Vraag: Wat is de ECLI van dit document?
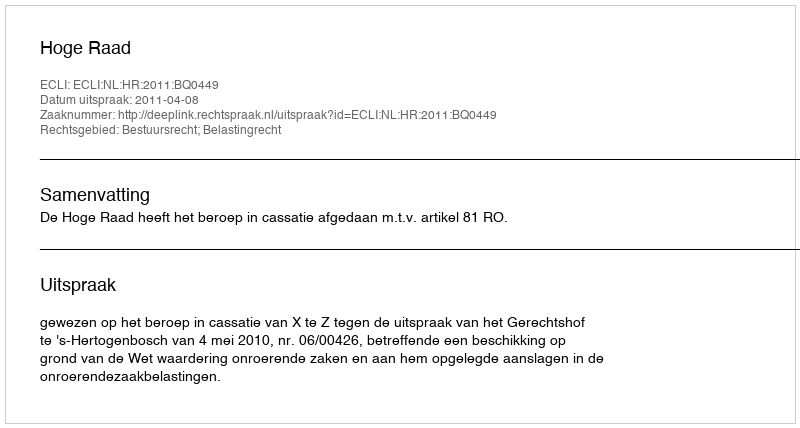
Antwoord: ECLI:NL:HR:2011:BQ0449